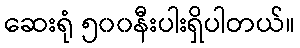
ဆေးရုံ ၅၀၀နီးပါးရှိပါတယ်။